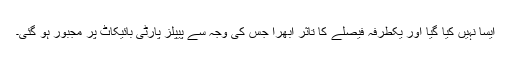
ایسا نہیں کیا گیا اور یکطرفہ فیصلے کا تاثر ابھرا جس کی وجہ سے پیپلز پارٹی بائیکاٹ پر مجبور ہو گئی۔